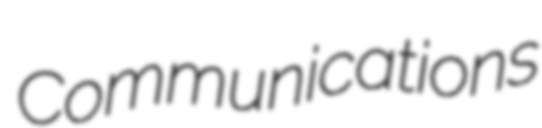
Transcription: Communications